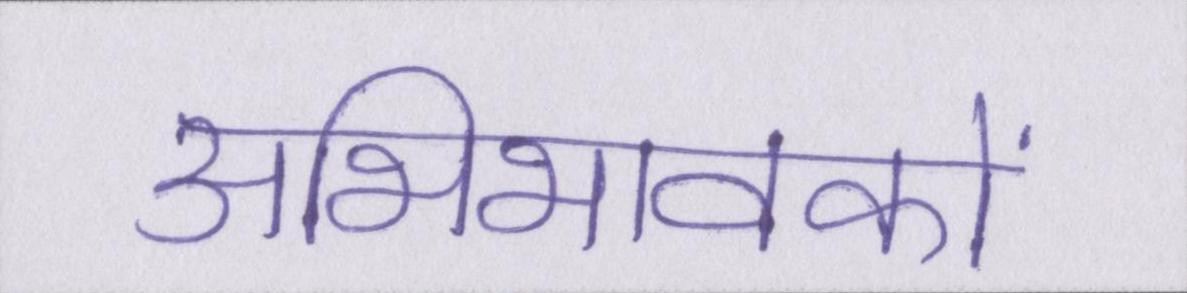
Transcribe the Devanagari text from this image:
अभिभावकों